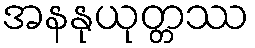
အနနုယုတ္တဿ